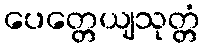
ပေတ္တေယျသုတ္တံ